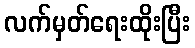
လက်မှတ်ရေးထိုးပြီး